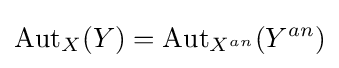
\operatorname {Aut} _{X}(Y)=\operatorname {Aut} _{X^{an}}(Y^{an})